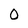
Character: 0